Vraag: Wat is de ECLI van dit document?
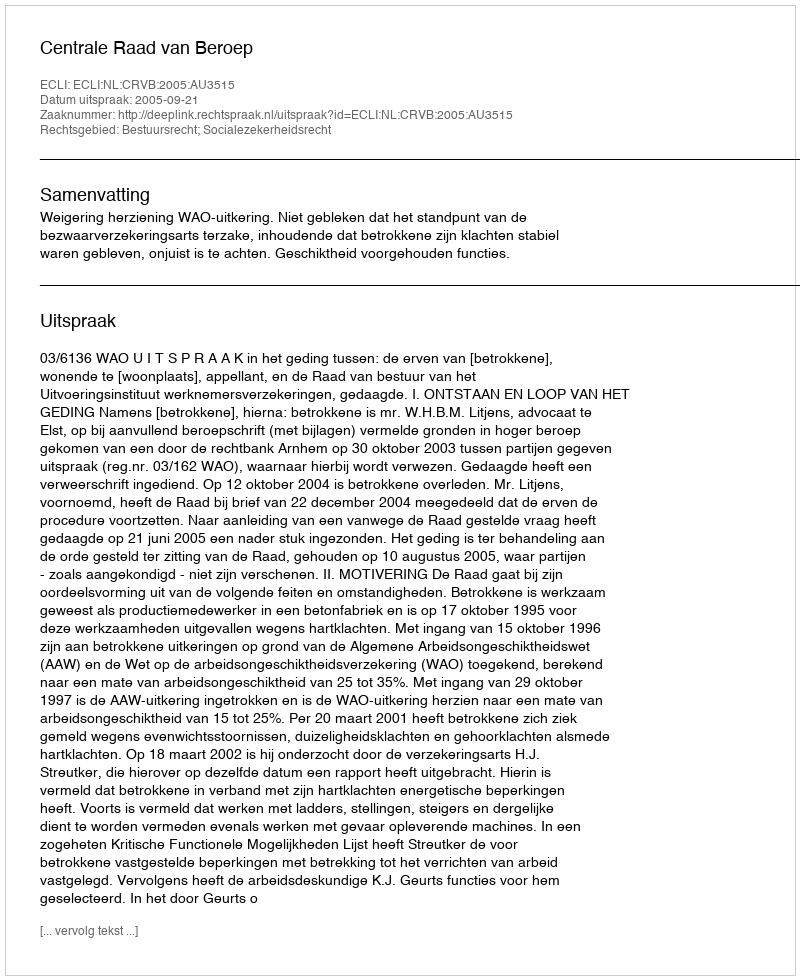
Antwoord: ECLI:NL:CRVB:2005:AU3515